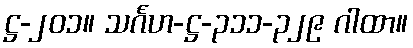
ဋ္ဌ-၂၀၁။ သင်္ဂဟ-ဋ္ဌ-၃၁၁-၃၂၉ ဂါထာ။